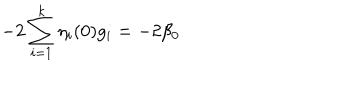
- 2 \sum _ { i = 1 } ^ { k } \eta _ { i } ( 0 ) g _ { i } = - 2 \beta _ { 0 }